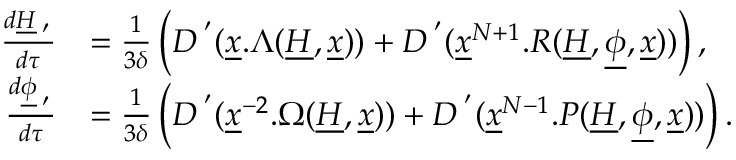
\begin{array} { r l } { \frac { d \underline { H } _ { \mathbf \nu ^ { \prime } } } { d \tau } } & { = \frac { 1 } { 3 \delta } \left( D ^ { \mathbf \nu ^ { \prime } } ( \underline { x } . \Lambda ( \underline { H } , \underline { x } ) ) + D ^ { \mathbf \nu ^ { \prime } } ( \underline { x } ^ { N + 1 } . R ( \underline { H } , \underline { \phi } , \underline { x } ) ) \right) , } \\ { \frac { d \underline { \phi } _ { \mathbf \nu ^ { \prime } } } { d \tau } } & { = \frac { 1 } { 3 \delta } \left( D ^ { \mathbf \nu ^ { \prime } } ( \underline { x } ^ { - 2 } . \Omega ( \underline { H } , \underline { x } ) ) + D ^ { \mathbf \nu ^ { \prime } } ( \underline { x } ^ { N - 1 } . P ( \underline { H } , \underline { \phi } , \underline { x } ) ) \right) . } \end{array}